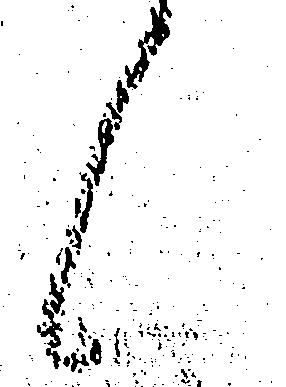
候